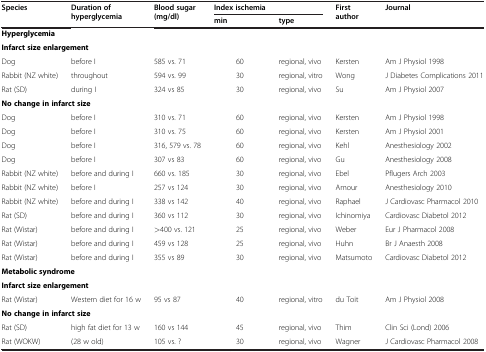
<table><thead><tr><td><b>Species</b></td><td><b>Duration of hyperglycemia</b></td><td><b>Blood sugar (mg/dl)</b></td><td><b>Index ischemia</b></td><td><b> </b></td><td><b>First author</b></td><td><b>Journal</b></td></tr><tr><td><b> </b></td><td><b> </b></td><td><b> </b></td><td><b>min</b></td><td><b>type</b></td><td><b> </b></td><td><b> </b></td></tr></thead><tbody><tr><td colspan="7"><b>Hyperglycemia</b></td></tr><tr><td colspan="7"><b>Infarct size enlargement</b></td></tr><tr><td>Dog</td><td>before I</td><td>585 vs. 71</td><td>60</td><td>regional, vivo</td><td>Kersten</td><td>Am J Physiol 1998</td></tr><tr><td>Rabbit (NZ white)</td><td>throughout</td><td>594 vs. 99</td><td>30</td><td>regional, vitro</td><td>Wong</td><td>J Diabetes Complications 2011</td></tr><tr><td>Rat (SD)</td><td>during I</td><td>324 vs 85</td><td>30</td><td>regional, vivo</td><td>Su</td><td>Am J Physiol 2007</td></tr><tr><td colspan="7"><b>No change in infarct size</b></td></tr><tr><td>Dog</td><td>before I</td><td>310 vs. 71</td><td>60</td><td>regional, vivo</td><td>Kersten</td><td>Am J Physiol 1998</td></tr><tr><td>Dog</td><td>before I</td><td>310 vs. 75</td><td>60</td><td>regional, vivo</td><td>Kersten</td><td>Am J Physiol 2001</td></tr><tr><td>Dog</td><td>before I</td><td>316, 579 vs. 78</td><td>60</td><td>regional, vivo</td><td>Kehl</td><td>Anesthesiology 2002</td></tr><tr><td>Dog</td><td>before I</td><td>307 vs 83</td><td>60</td><td>regional, vivo</td><td>Gu</td><td>Anesthesiology 2008</td></tr><tr><td>Rabbit (NZ white)</td><td>before and during I</td><td>660 vs. 185</td><td>30</td><td>regional, vivo</td><td>Ebel</td><td>Pflugers Arch 2003</td></tr><tr><td>Rabbit (NZ white)</td><td>before I</td><td>257 vs 124</td><td>30</td><td>regional, vivo</td><td>Amour</td><td>Anesthesiology 2010</td></tr><tr><td>Rabbit (NZ white)</td><td>before and during I</td><td>338 vs 142</td><td>40</td><td>regional, vivo</td><td>Raphael</td><td>J Cardiovasc Pharmacol 2010</td></tr><tr><td>Rat (SD)</td><td>before and during I</td><td>360 vs 112</td><td>30</td><td>regional, vivo</td><td>Ichinomiya</td><td>Cardiovasc Diabetol 2012</td></tr><tr><td>Rat (Wistar)</td><td>before and during I</td><td>&gt;400 vs. 121</td><td>25</td><td>regional, vivo</td><td>Weber</td><td>Eur J Pharmacol 2008</td></tr><tr><td>Rat (Wistar)</td><td>before and during I</td><td>459 vs 128</td><td>25</td><td>regional, vivo</td><td>Huhn</td><td>Br J Anaesth 2008</td></tr><tr><td>Rat (Wistar)</td><td>before and during I</td><td>355 vs 89</td><td>30</td><td>regional, vivo</td><td>Matsumoto</td><td>Cardiovasc Diabetol 2012</td></tr><tr><td colspan="7"><b>Metabolic syndrome</b></td></tr><tr><td colspan="7"><b>Infarct size enlargement</b></td></tr><tr><td>Rat (Wistar)</td><td>Western diet for 16 w</td><td>95 vs 87</td><td>40</td><td>regional, vitro</td><td>du Toit</td><td>Am J Physiol 2008</td></tr><tr><td colspan="7"><b>No change in infarct size</b></td></tr><tr><td>Rat (SD)</td><td>high fat diet for 13 w</td><td>160 vs 144</td><td>45</td><td>regional, vivo</td><td>Thim</td><td>Clin Sci (Lond) 2006</td></tr><tr><td>Rat (WOKW)</td><td>(28 w old)</td><td>105 vs. ?</td><td>30</td><td>regional, vivo</td><td>Wagner</td><td>J Cardiovasc Pharmacol 2008</td></tr></tbody></table>